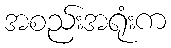
အစည်းအရုံးက